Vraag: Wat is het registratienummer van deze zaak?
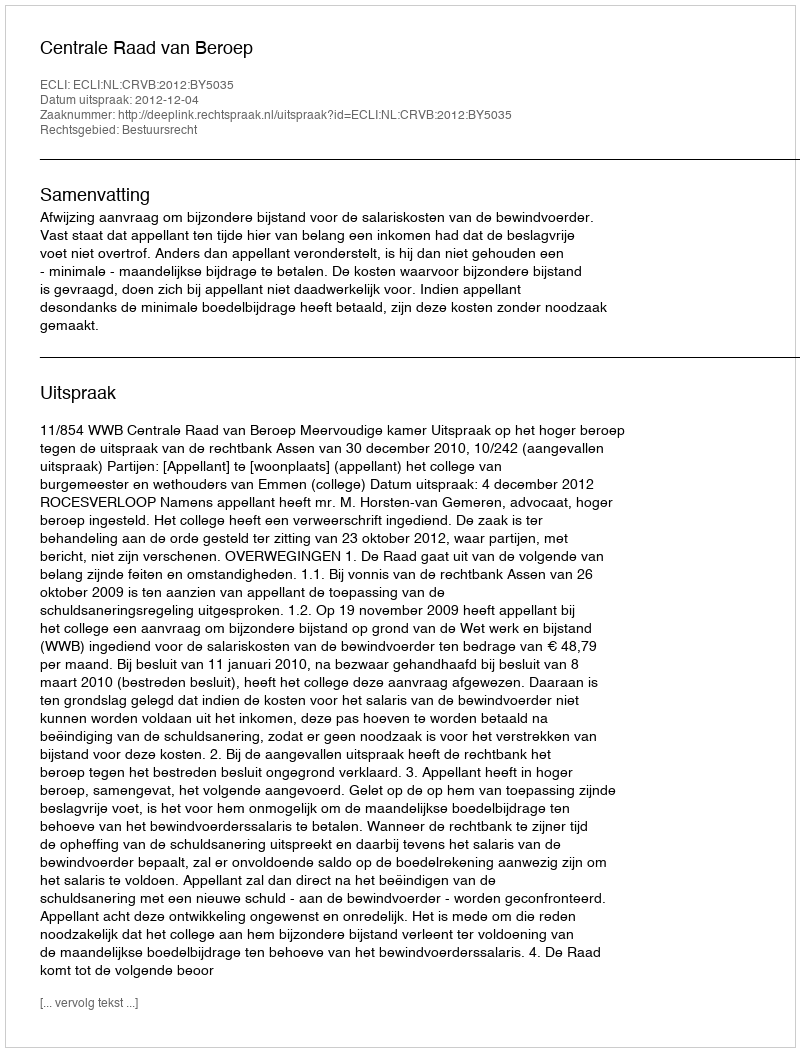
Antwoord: http://deeplink.rechtspraak.nl/uitspraak?id=ECLI:NL:CRVB:2012:BY5035